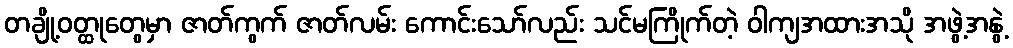
တချို့ဝတ္ထုတွေမှာ ဇာတ်ကွက် ဇာတ်လမ်း ကောင်းသော်လည်း သင်မကြိုက်တဲ့ ဝါကျအထားအသို အဖွဲ့အနွဲ့